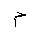
Letter: _mim